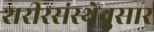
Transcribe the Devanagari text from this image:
शरीरसंस्थेनुसार